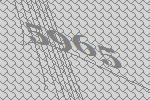
5965